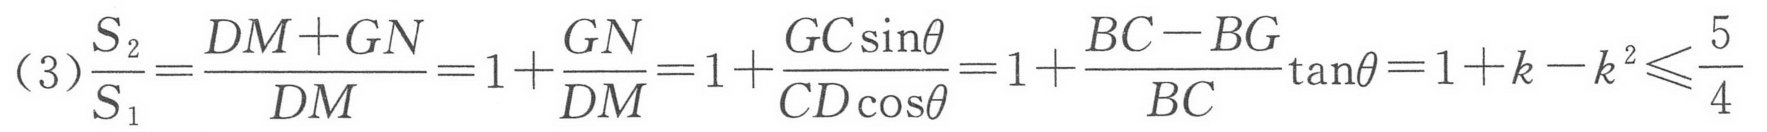
\[(3)\frac{S_{2}}{S_{1}}=\frac{DM + GN}{DM}=1+\frac{GN}{DM}=1+\frac{GC\sin\theta}{CD\cos\theta}=1+\frac{BC - BG}{BC}\tan\theta=1 + k - k^{2}\leqslant\frac{5}{4}\]